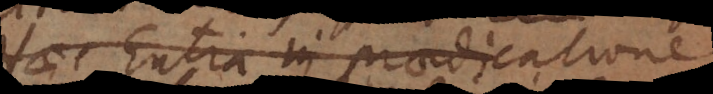
Haec Entia in praedicatione